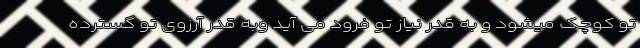
تو کوچک میشود و به قدر نیاز تو فرود می آید وبه قدر آرزوی تو گسترده